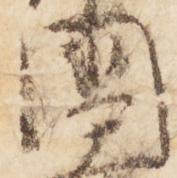
国